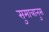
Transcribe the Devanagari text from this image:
सुमात्रानुस